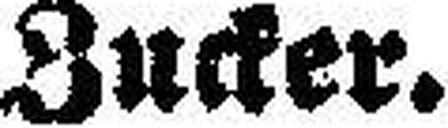
Zucker.